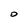
Character: 0